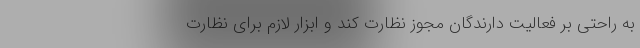
به راحتی بر فعالیت دارندگان مجوز نظارت کند و ابزار لازم برای نظارت